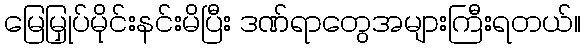
မြေမြှုပ်မိုင်းနင်းမိပြီး ဒဏ်ရာတွေအများကြီးရတယ်။